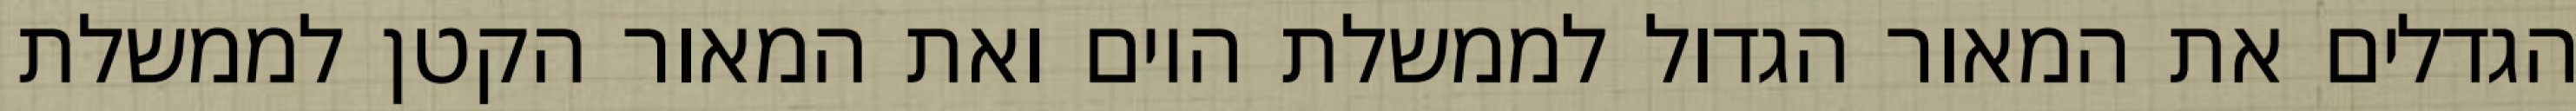
הגדלים את המאור הגדול לממשלת היום ואת המאור הקטן לממשלת